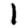
Digit: 1